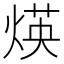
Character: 煐